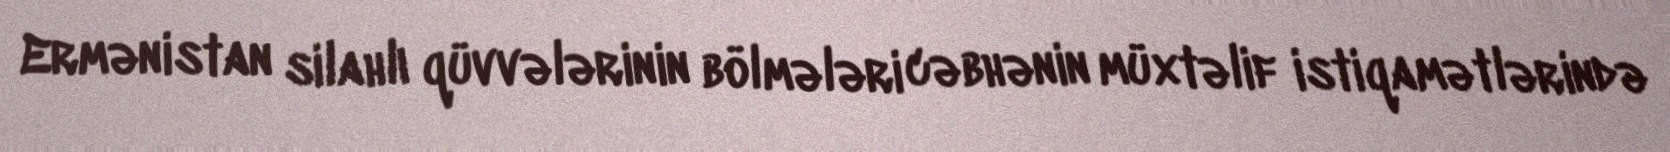
Ermənistan silahlı qüvvələrinin bölmələri cəbhənin müxtəlif istiqamətlərində